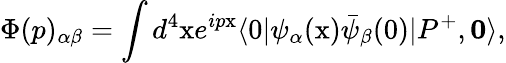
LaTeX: \Phi(p)_{\alpha\beta}=\int d^{4}\mathrm{x}e^{ip\mathrm{x}}\langle 0|\psi_{\alpha}(\mathrm{x})\bar{\psi}_{\beta}(0)|P^{+},{\mathbf 0}\rangle,